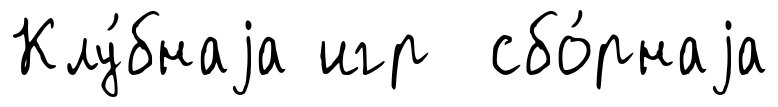
Клу́бнаjа игр сбо́рнаjа